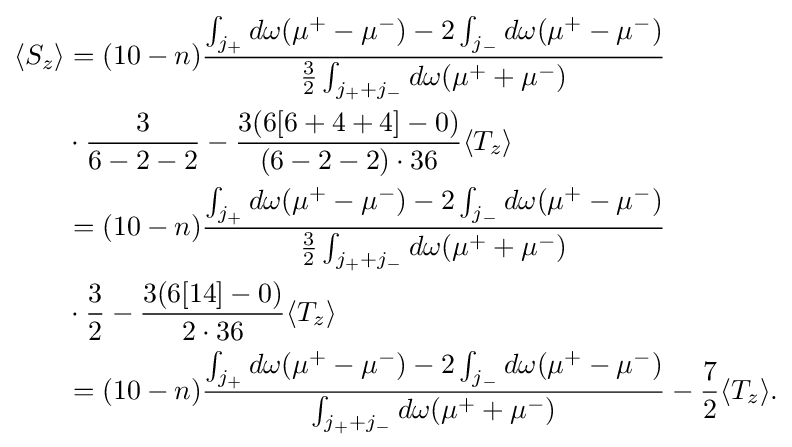
{\begin{aligned}\langle S_{z}\rangle &=(10-n){\frac {\int _{j_{+}}d\omega (\mu ^{+}-\mu ^{-})-2\int _{j_{-}}d\omega (\mu ^{+}-\mu ^{-})}{{\frac {3}{2}}\int _{j_{+}+j_{-}}d\omega {(\mu ^{+}+\mu ^{-})}}}\\&\cdot {\frac {3}{6-2-2}}-{\frac {3(6[6+4+4]-0)}{(6-2-2)\cdot 36}}\langle T_{z}\rangle \\&=(10-n){\frac {\int _{j_{+}}d\omega (\mu ^{+}-\mu ^{-})-2\int _{j_{-}}d\omega (\mu ^{+}-\mu ^{-})}{{\frac {3}{2}}\int _{j_{+}+j_{-}}d\omega {(\mu ^{+}+\mu ^{-})}}}\\&\cdot {\frac {3}{2}}-{\frac {3(6[14]-0)}{2\cdot 36}}\langle T_{z}\rangle \\&=(10-n){\frac {\int _{j_{+}}d\omega (\mu ^{+}-\mu ^{-})-2\int _{j_{-}}d\omega (\mu ^{+}-\mu ^{-})}{\int _{j_{+}+j_{-}}d\omega {(\mu ^{+}+\mu ^{-})}}}-{\frac {7}{2}}\langle T_{z}\rangle .\end{aligned}}